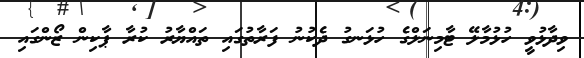
ވިދާޅުވީ ހުޅުމާލޭ ޓާމިނަލްގެ ހުޅަނގު ދެކުނު ފަރާތުގައި ތައްޔާރު ކުރާ ޕާކިން ޒޯންގައި